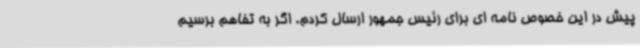
پیش در این خصوص نامه ای برای رئیس جمهور ارسال کردم. اگر به تفاهم برسیم